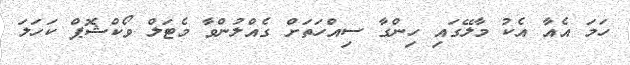
ހަމަ އެއާ އެކު މާލޭގައި ހިންގާ ސިއްހަތަށް ގެއްލުންވާ މެޓަލް ވޯކްޝޮޕް ކަހަލަ